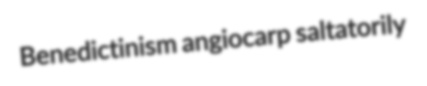
Benedictinism angiocarp saltatorily